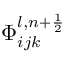
\Phi _ { i j k } ^ { l , n + \frac { 1 } { 2 } }